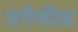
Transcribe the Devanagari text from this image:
एनेमीज